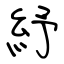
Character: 紓